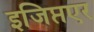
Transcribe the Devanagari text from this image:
इजिप्तएर